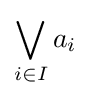
\bigvee _{i\in I}a_{i}